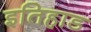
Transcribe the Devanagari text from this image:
इतिहाड